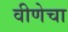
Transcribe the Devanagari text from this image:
वीणेचा